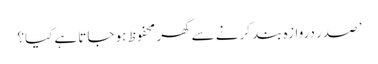
’ صدر دروازہ بند کرنے سے گھر محفوظ ہو جاتا ہے کیا؟